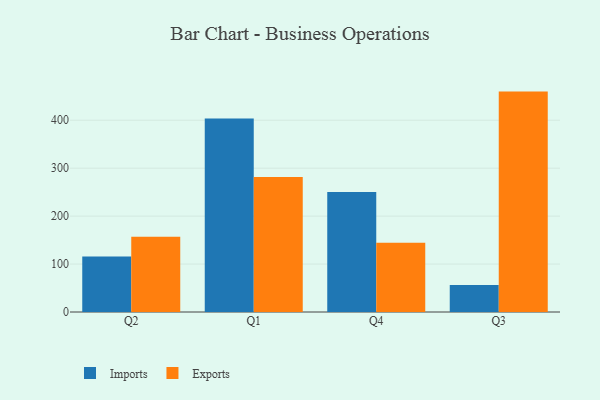
{"axis": {"x": "Quarter", "y": "Gross Profit (USD K)"}, "legend": ["Exports", "Imports"], "data": [{"x": "Q2", "y": 115.9, "type": "Imports"}, {"x": "Q2", "y": 157.2, "type": "Exports"}, {"x": "Q1", "y": 403.6, "type": "Imports"}, {"x": "Q1", "y": 281.6, "type": "Exports"}, {"x": "Q4", "y": 250.3, "type": "Imports"}, {"x": "Q4", "y": 144.5, "type": "Exports"}, {"x": "Q3", "y": 56.1, "type": "Imports"}, {"x": "Q3", "y": 459.7, "type": "Exports"}]}